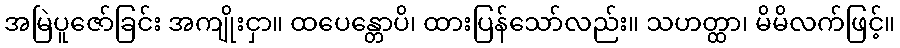
အမြဲပူဇော်ခြင်း အကျိုးငှာ။ ထပေန္တောပိ၊ ထားပြန်သော်လည်း။ သဟတ္ထာ၊ မိမိလက်ဖြင့်။